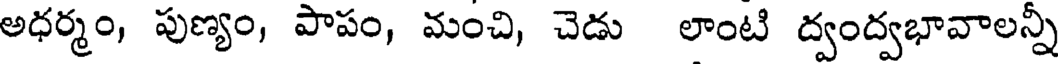
అధర్మం, పుణ్యం, పాపం, మంచి, చెడు లాంటి ద్వంద్వభావాలన్నీ